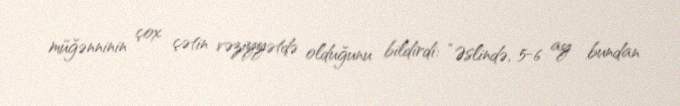
müğənninin çox çətin vəziyyətdə olduğunu bildirdi: “Əslində, 5-6 ay bundan